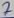
Text: 7